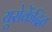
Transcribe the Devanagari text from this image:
यूरोकेंद्रित